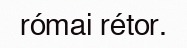
római rétor.